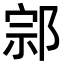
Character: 𨛱